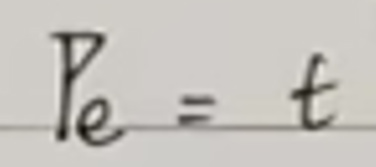
\[ P_e = t \]